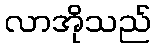
လာအိုသည်